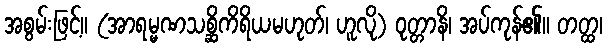
အစွမ်းဖြင့်။ (အာရမ္မဏသစ္ဆိကိရိယမဟုတ်၊ ဟူလို) ဝုတ္တာနိ၊ အပ်ကုန်၏။ တတ္ထ၊